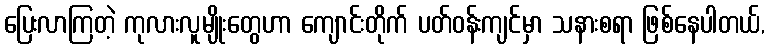
ပြေးလာကြတဲ့ ကုလားလူမျိုးတွေဟာ ကျောင်းတိုက် ပတ်ဝန်းကျင်မှာ သနားစရာ ဖြစ်နေပါတယ်,